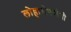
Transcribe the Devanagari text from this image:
लोहारोपयोगी